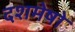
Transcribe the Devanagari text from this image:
दशमेषो